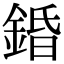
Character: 錉